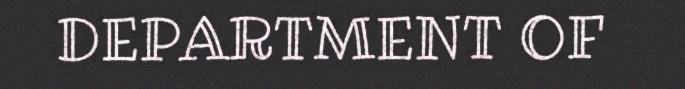
DEPARTMENT OF